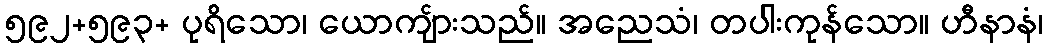
၅၉၂+၅၉၃+ ပုရိသော၊ ယောကျ်ားသည်။ အညေသံ၊ တပါးကုန်သော။ ဟီနာနံ၊